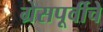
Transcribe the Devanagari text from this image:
ग्रेसपूर्वीचे